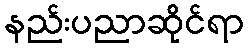
နည်းပညာဆိုင်ရာ